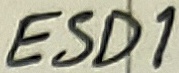
Text: ESD1